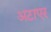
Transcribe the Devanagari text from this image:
अटाएर